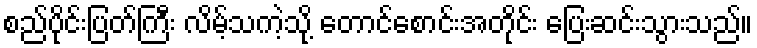
စည်ပိုင်းပြတ်ကြီး လိမ့်သကဲ့သို့ တောင်စောင်းအတိုင်း ပြေးဆင်းသွားသည်။